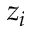
z _ { i }